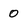
Character: 0